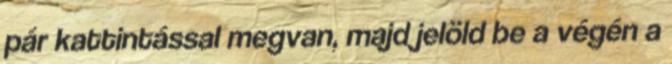
pár kattintással megvan, majd jelöld be a végén a